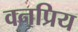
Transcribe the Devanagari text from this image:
वनप्रिय